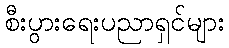
စီးပွားရေးပညာရှင်များ